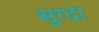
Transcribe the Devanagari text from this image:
सुग़्दा